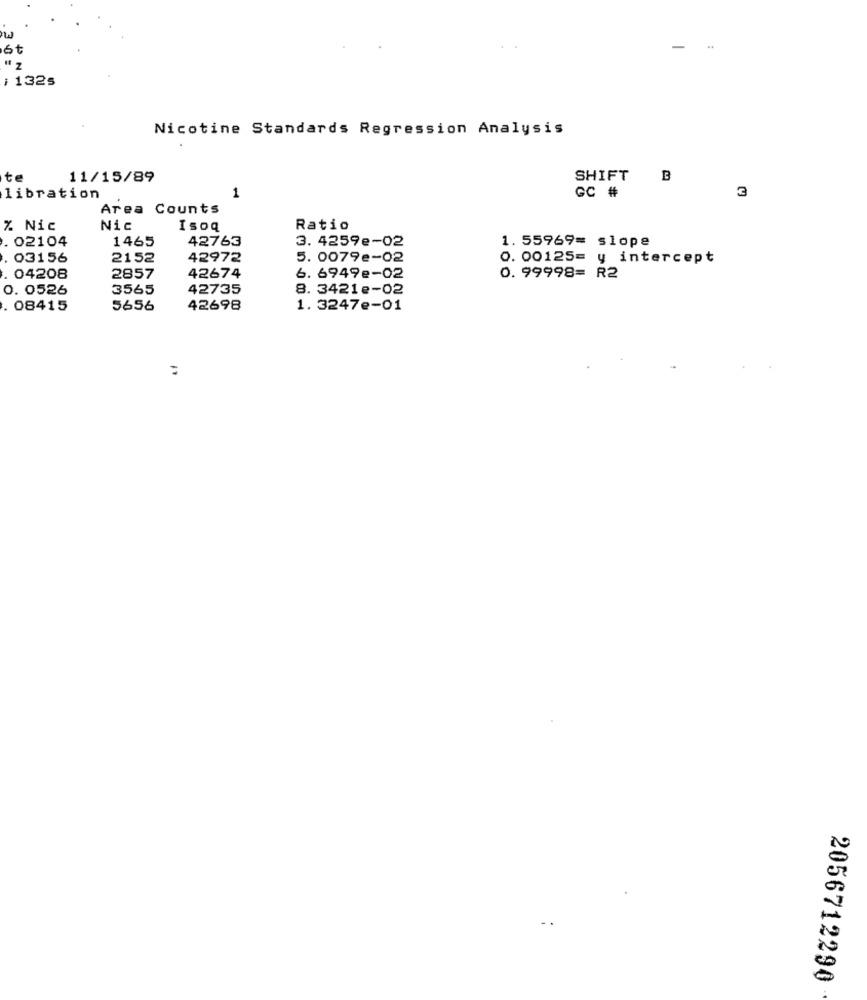
6t
i 132s
Nicotine Standards Regression Analysis
te
11/15/89
SHIFT
B
3
libration
1
GC #
Area Counts
% Nic
Nic
Isoq
Ratio
. 02104
1465
42763
3. 4259e-02
1. 55969= slope
03156
2152
42972
5. 0079e-02
0. 00125= y intercept
. 04208
2857
42674
6. 6949e-02
0. 99998= R2
0. 0526
3565
42735
8. 3421e-02
. 08415
5656
42698
1. 3247e-01
=
2056712290